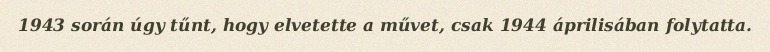
1943 során úgy tűnt, hogy elvetette a művet, csak 1944 áprilisában folytatta.